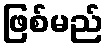
ဖြစ်မည်